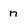
Character: n